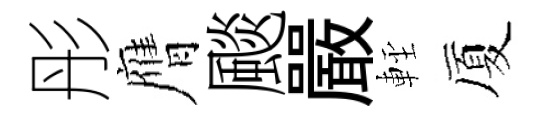
彤膺颷嚴䡖厦